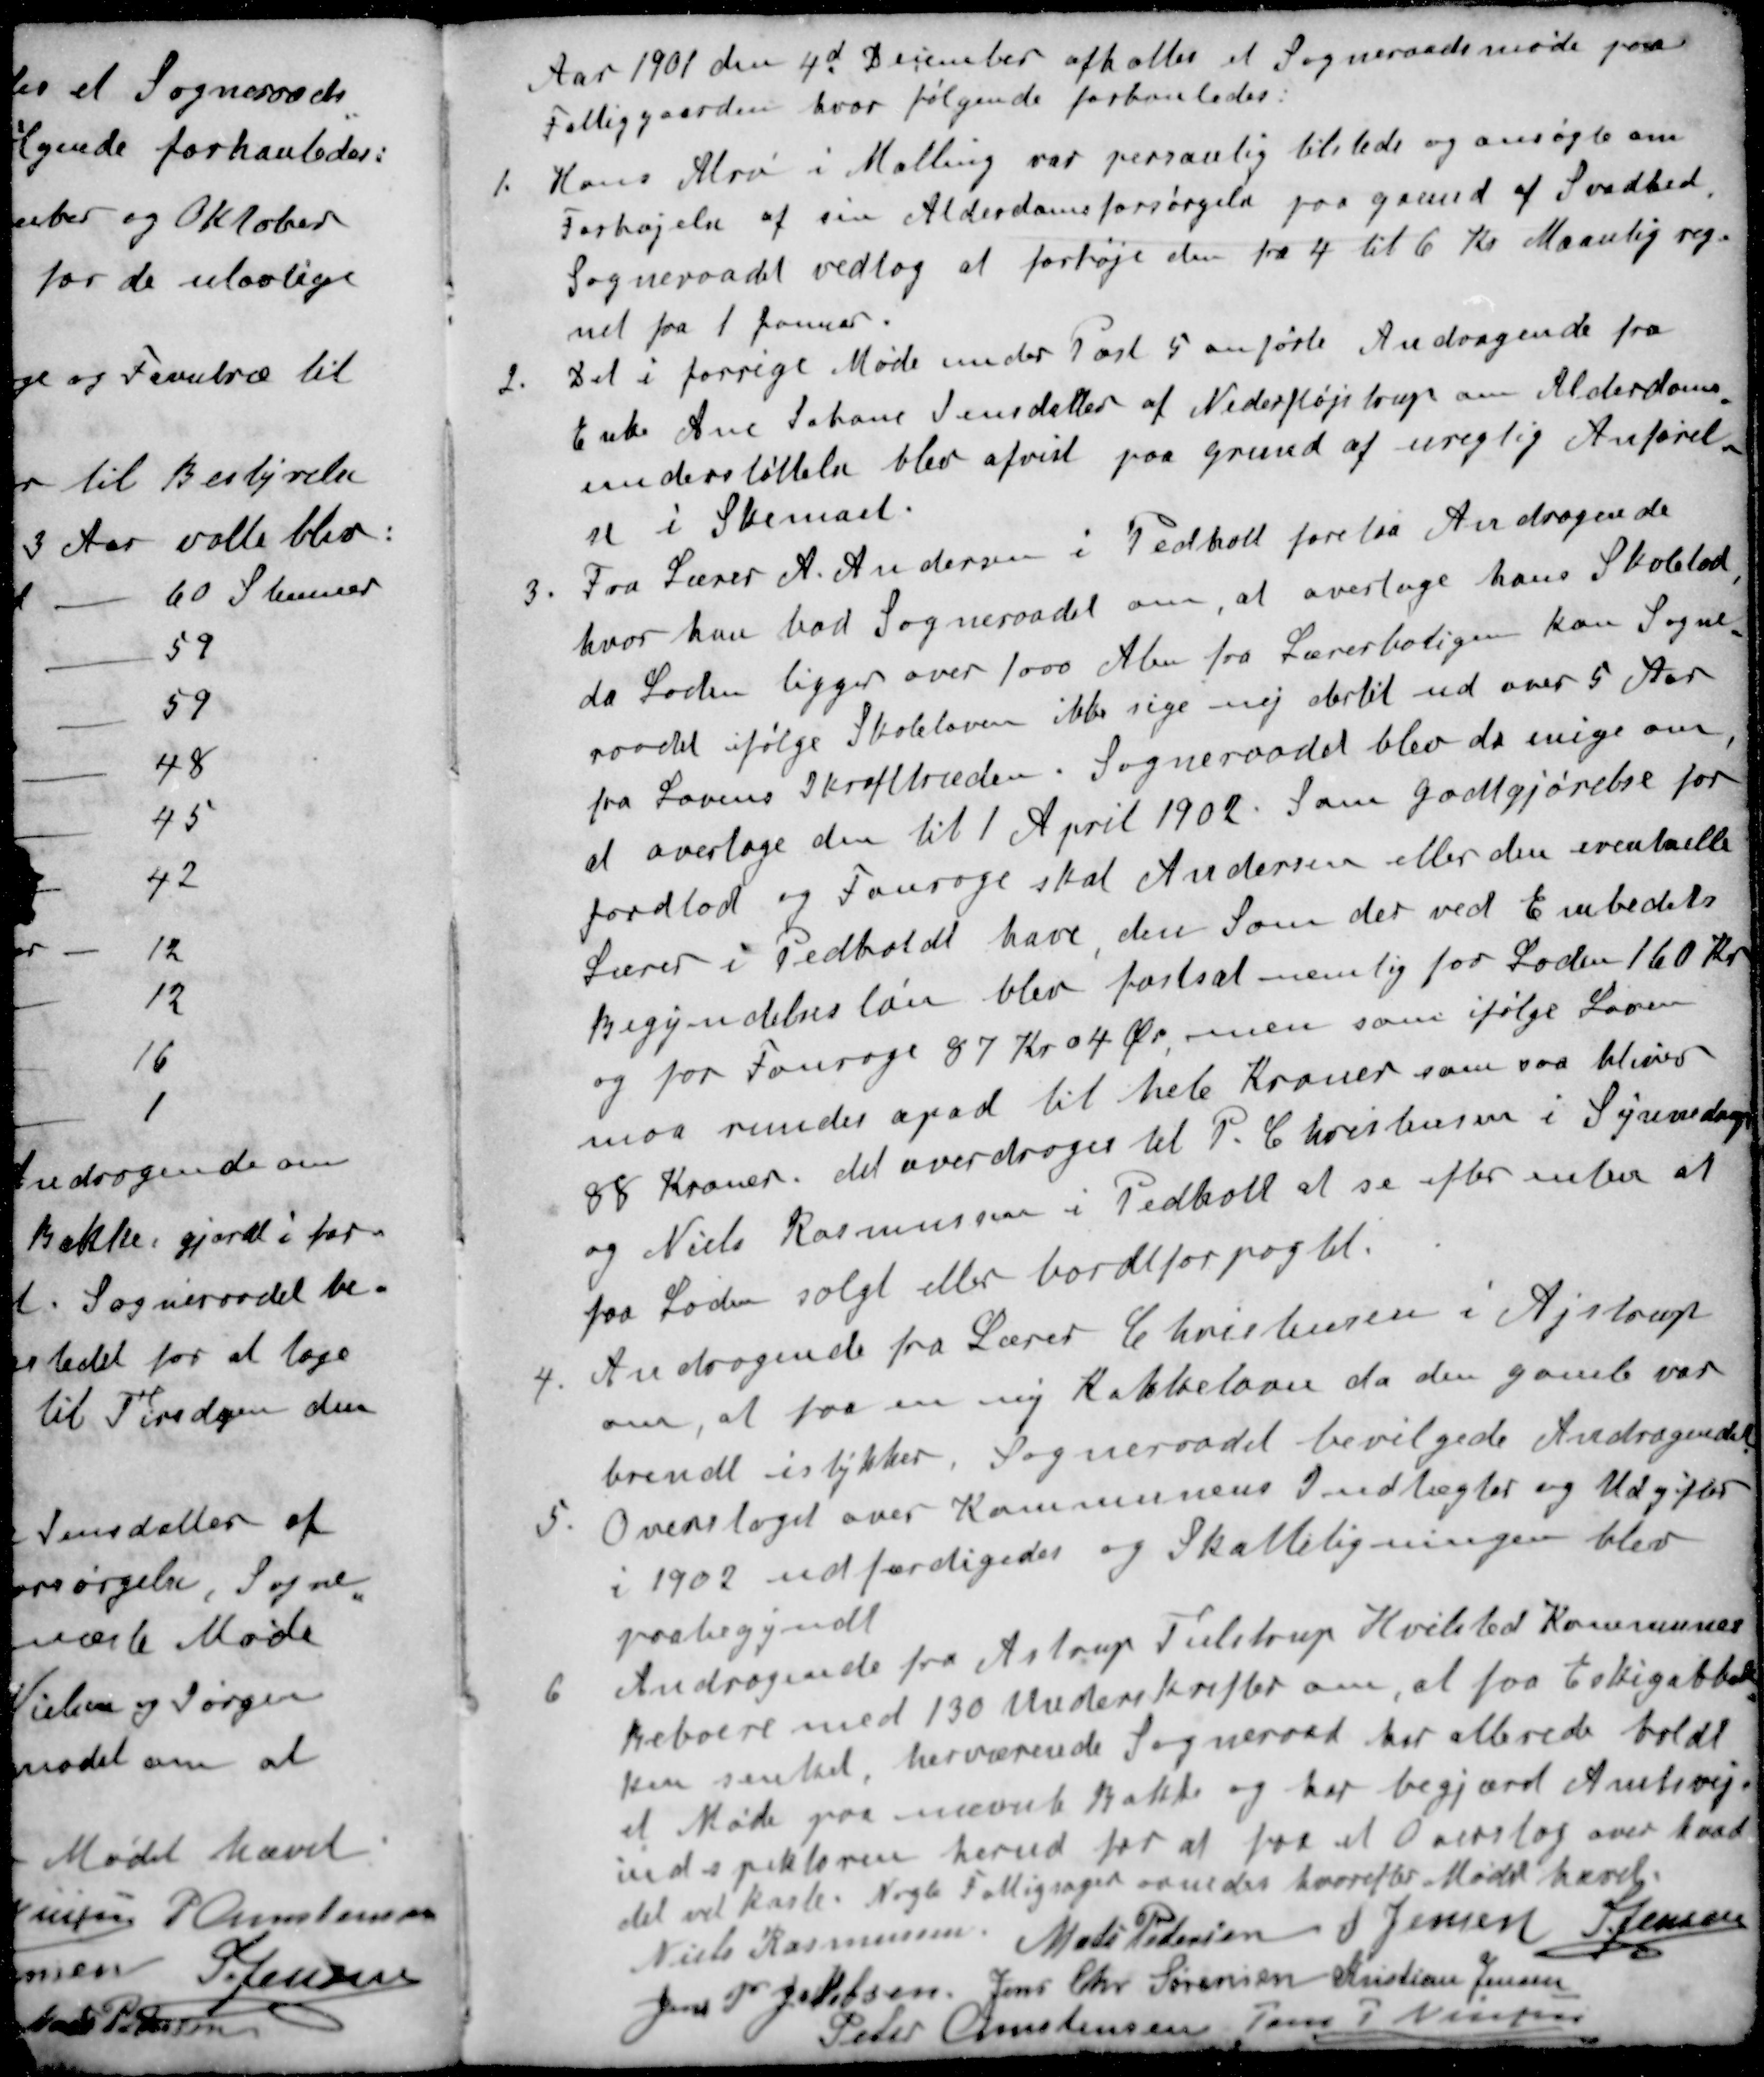
Transskription:
Aar 1901 den 4d December afholtes et Sogneraadsmøde paa
Fattiggaarden, hvor følgende forhanledes:
1. Hans Alrø i Malling var personlig tilstede og ansøgte om
Forhøjelse af sin Alderdomsforsørgelse paa grund af Svadhed,
Sogneraadet vedtog at forhøje den fra 4 til 6 Kr Maanlig reg-
net fra 1 Januar.
2. Det i forrige Møde under Post 5 anførte Andragende fra
Enke Ane Johane Jensdatter af Nederfløjstrup om Alderdoms-
understøttelse blev afvist paa Grund af uregtig Anførel-
se i Skemaet.
3. Fra Lærer A. Andersen i Pedholt forelaa Andragende
hvor han bad Sogneraadet om, at overtage hans Skolelod
da Loden ligger over 1000 Alen fra Lærerboligen kan Sogne-
raadet ifølge Skoleloven ikke sige nej dertil ud over 5 Aar
fra Lovens Ikrafttræden. Sogneraadet blev da enige om,
at overtage den til 1 April 1902. som godtgjørelse for
Jordlod og Fourage skal Andersen eller den eventuelle
Lærer i Pedholdt have den som der ved Embedets
Begyndelsesløn blev fastsat nemlig for Loden 160 Kr
og for Fourage 87 Kr 04 Øre, men som ifølge Loven
maa rundes opad til hele Kroner som saa bliver
88 Kroner, det overdroges til P. Christensen i Synnedrup
og Niels Rasmussen i Pedholt at se efter enten at
paa Loden solgt eller bordtforpagtet.
4. Andragende fra Lærer Christensen i Ajstrup
om, at faa en ny Kakkelovn da den gamle var
brendt istykker. Sogneraadet bevilgede Andragendet
5. Overslaget over Kommunens Indtægter og Udgifter
i 1902 udfærdigedes og Skatteligningen blev
paabegyndt
6. Andragende fra Astrup Tulstrup Hvilsted Kommunes
beboere med 130 Underskrifter om, at faa Eskigabbak-
ken senket herværende Sogneraad har ellerede holdt
et Møde paa nævnte Bakke og her begjæret Amtsvej-
indspektøren herud for at faa et Overslag over hvad
det vil koste Nogle Fattigsager ornedes hvorefter Mødet hævet.
Niels Rasmussen
Mads Pedersen
J Jensen
J Jensen
Jens P Jakobsen
Jens Chr Sørensen
Kristian Jensen
Peder Christensen
Jens P Nielsen